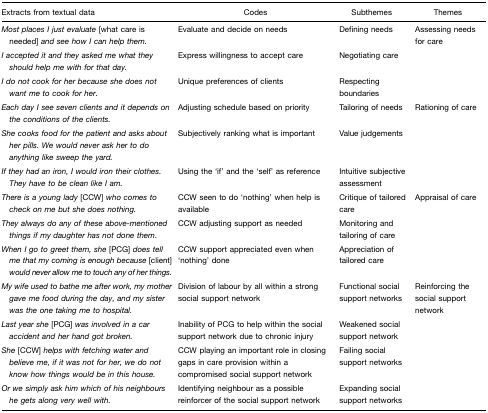
<table><thead><tr><td><b>Extracts from textual data</b></td><td><b>Codes</b></td><td><b>Subthemes</b></td><td><b>Themes</b></td></tr></thead><tbody><tr><td><i>Most places I just evaluate</i> [what care is needed] <i>and see how I can help them</i>.</td><td>Evaluate and decide on needs</td><td>Defining needs</td><td>Assessing needs for care</td></tr><tr><td><i>I accepted it and they asked me what they should help me with for that day</i>.</td><td>Express willingness to accept care</td><td>Negotiating care</td><td></td></tr><tr><td><i>I do not cook for her because she does not want me to cook for her</i>.</td><td>Unique preferences of clients</td><td>Respecting boundaries</td><td></td></tr><tr><td><i>Each day I see seven clients and it depends on the conditions of the clients</i>.</td><td>Adjusting schedule based on priority</td><td>Tailoring of needs</td><td>Rationing of care</td></tr><tr><td><i>She cooks food for the patient and asks about her pills. We would never ask her to do anything like sweep the yard</i>.</td><td>Subjectively ranking what is important</td><td>Value judgements</td><td></td></tr><tr><td><i>If they had an iron, I would iron their clothes. They have to be clean like I am</i>.</td><td>Using the ‘if’ and the ‘self’ as reference</td><td>Intuitive subjective assessment</td><td></td></tr><tr><td><i>There is a young lady</i> [CCW] <i>who comes to check on me but she does nothing</i>.</td><td>CCW seen to do ‘nothing’ when help is available</td><td>Critique of tailored care</td><td>Appraisal of care</td></tr><tr><td><i>They always do any of these above-mentioned things if my daughter has not done them</i>.</td><td>CCW adjusting support as needed</td><td>Monitoring and tailoring of care</td><td></td></tr><tr><td><i>When I go to greet them, she</i> [PCG] <i>does tell me that my coming is enough because</i> [client] <i>would never allow me to touch any of her things</i>.</td><td>CCW support appreciated even when ‘nothing’ done</td><td>Appreciation of tailored care</td><td></td></tr><tr><td><i>My wife used to bathe me after work, my mother gave me food during the day, and my sister was the one taking me to hospital</i>.</td><td>Division of labour by all within a strong social support network</td><td>Functional social support networks</td><td>Reinforcing the social support network</td></tr><tr><td><i>Last year she</i> [PCG] <i>was involved in a car accident and her hand got broken</i>.</td><td>Inability of PCG to help within the social support network due to chronic injury</td><td>Weakened social support network</td><td></td></tr><tr><td><i>She</i> [CCW] <i>helps with fetching water and believe me, if it was not for her, we do not know how things would be in this house</i>.</td><td>CCW playing an important role in closing gaps in care provision within a compromised social support network</td><td>Failing social support networks</td><td></td></tr><tr><td><i>Or we simply ask him which of his neighbours he gets along very well with</i>.</td><td>Identifying neighbour as a possible reinforcer of the social support network</td><td>Expanding social support networks</td><td></td></tr></tbody></table>